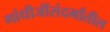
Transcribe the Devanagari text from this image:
गांधीजींसंदर्भांतील